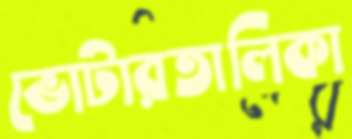
ভোটারতালিকা